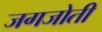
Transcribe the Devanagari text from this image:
जगजोती